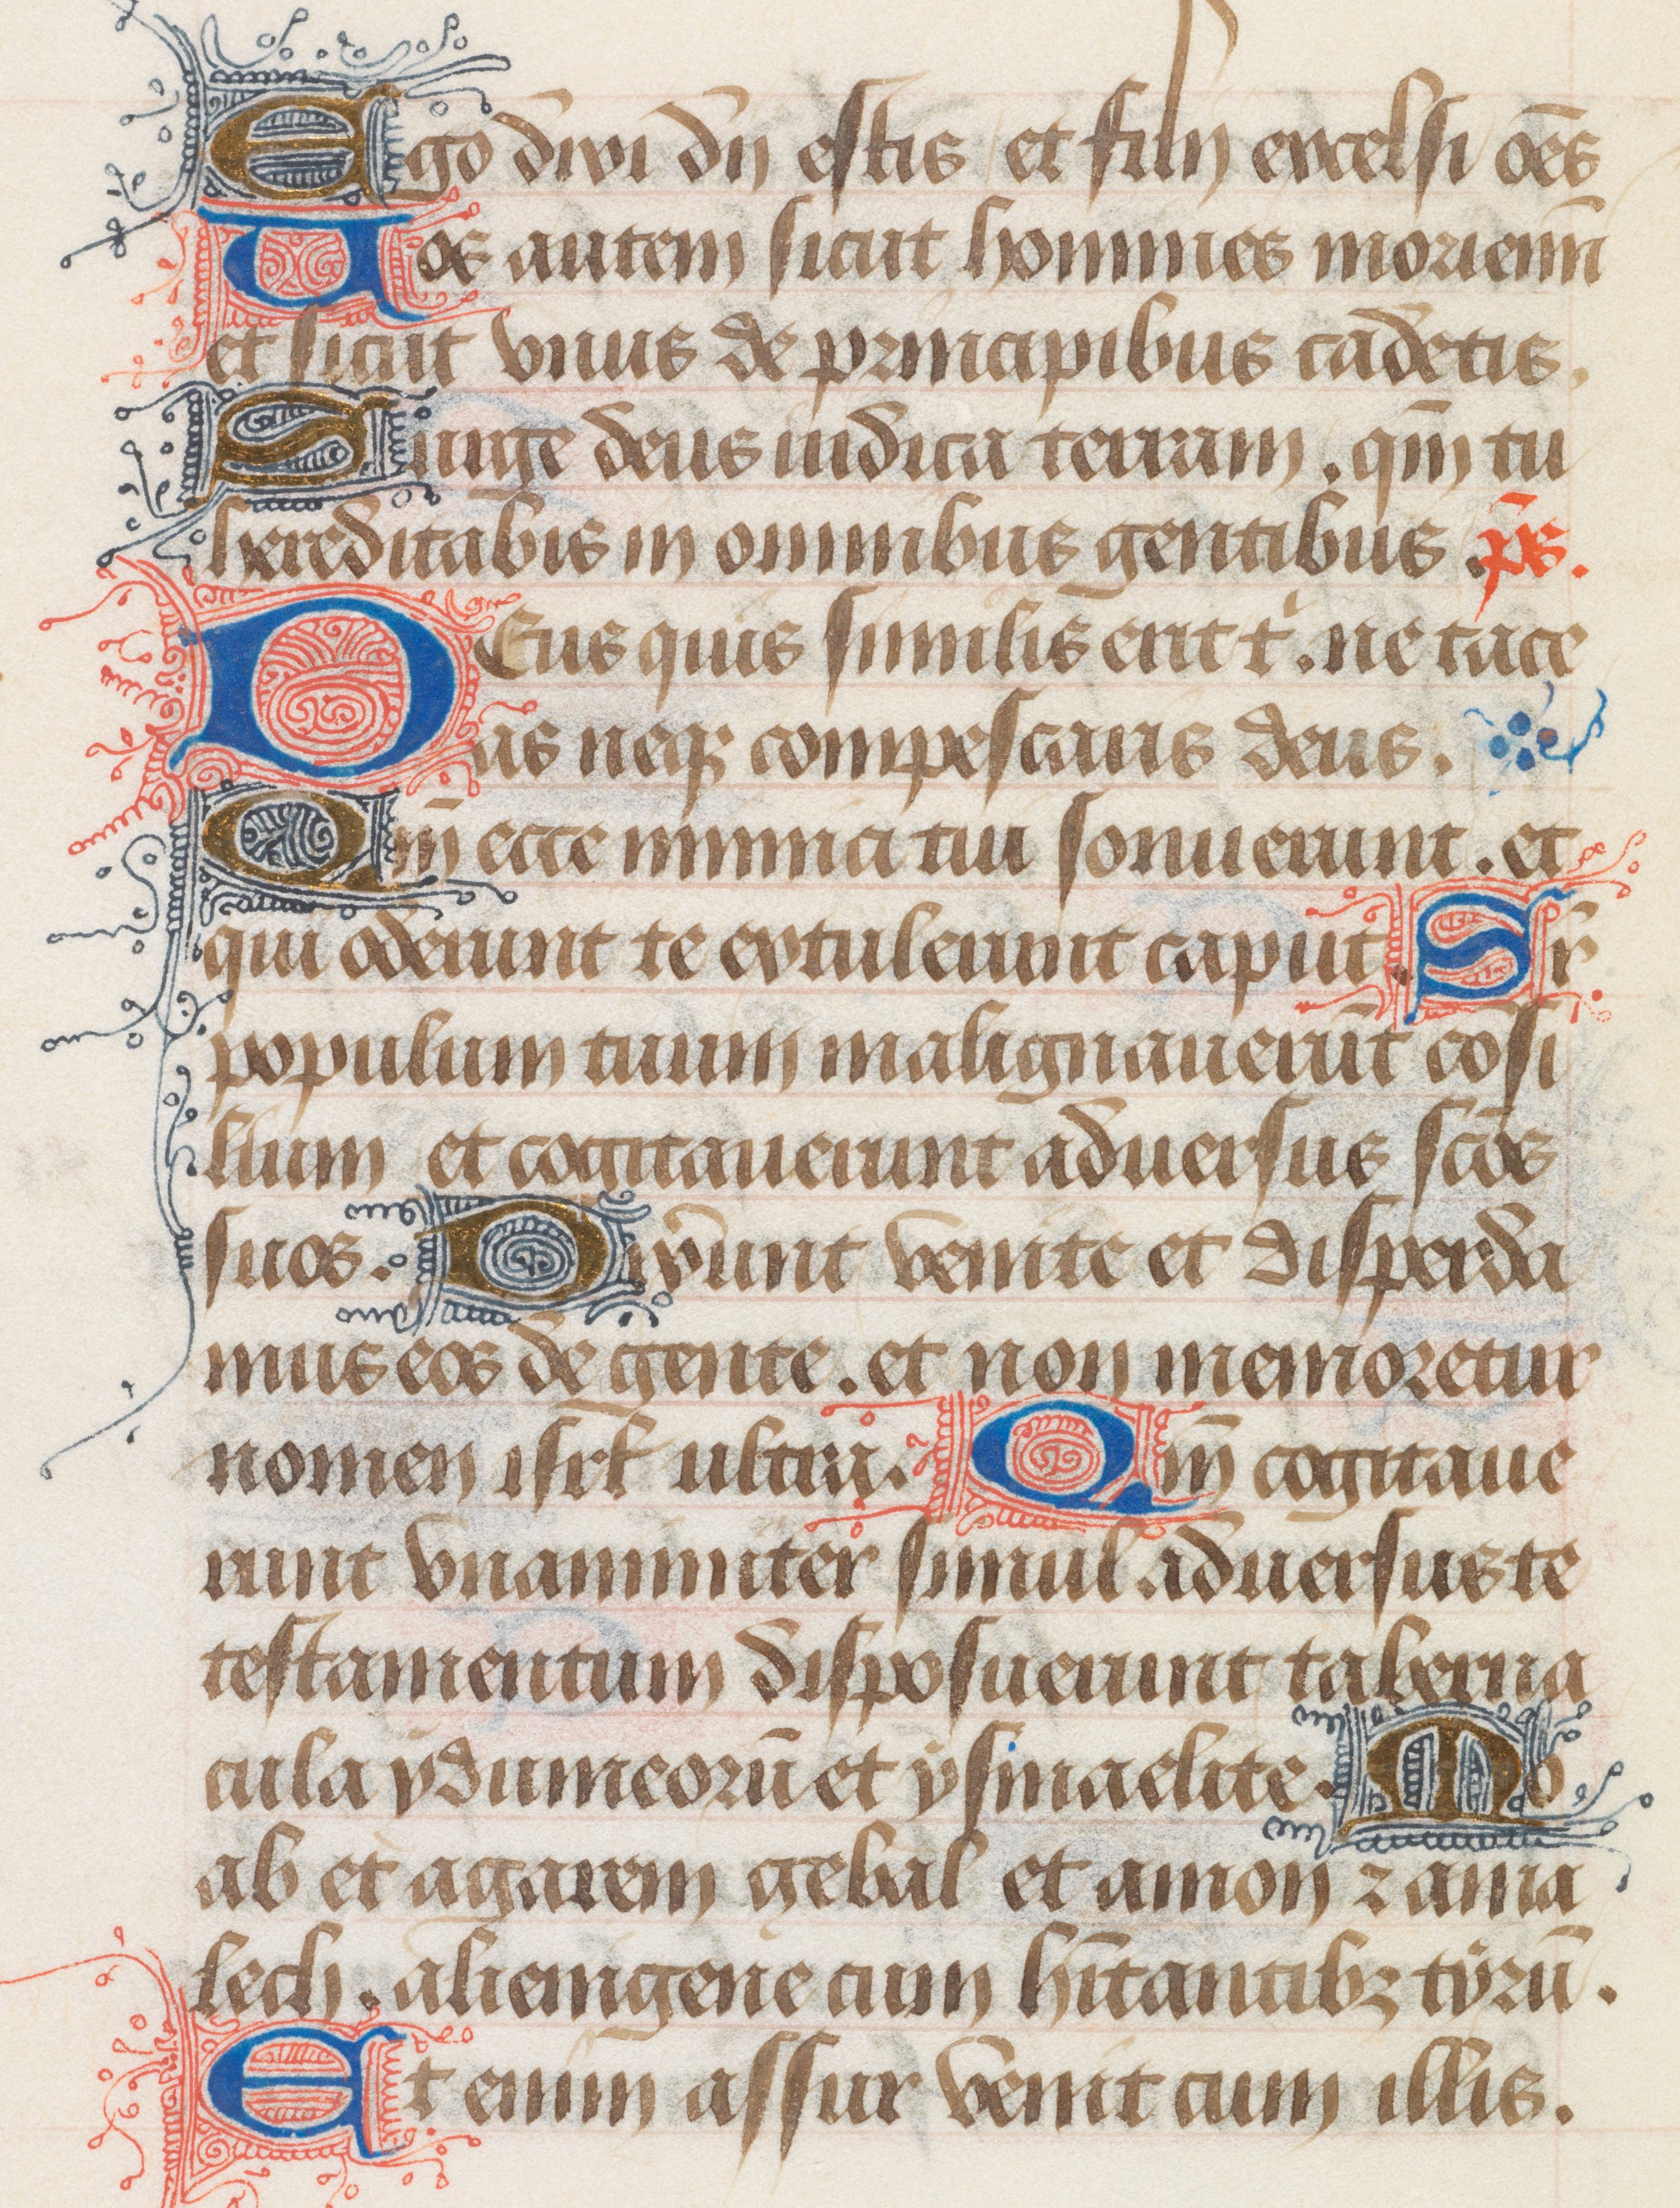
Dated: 1400–1499